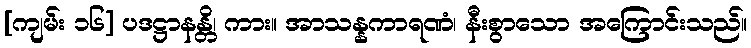
[ကျမ်း ၁၆] ပဒဋ္ဌာနန္တိ၊ ကား။ အာသန္နကာရဏံ၊ နီးစွာသော အကြောင်းသည်။